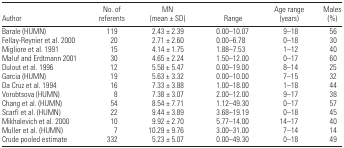
<table><thead><tr><td><b>Author</b></td><td><b>No. of referents</b></td><td><b>MN (mean ± SD)</b></td><td><b>Range</b></td><td><b>Age range (years)</b></td><td><b>Males (%)</b></td></tr></thead><tbody><tr><td>Barale (HUMN)</td><td>119</td><td>2.43 ± 2.39</td><td>0.00–10.07</td><td>9–18</td><td>56</td></tr><tr><td>Fellay-Reynier et al. 2000</td><td>20</td><td>2.71 ± 2.60</td><td>0.00–6.78</td><td>0–18</td><td>30</td></tr><tr><td>Migliore et al. 1991</td><td>15</td><td>4.14 ± 1.75</td><td>1.88–7.53</td><td>1–12</td><td>40</td></tr><tr><td>Maluf and Erdtmann 2001</td><td>30</td><td>4.65 ± 2.24</td><td>1.50–12.00</td><td>0–17</td><td>60</td></tr><tr><td>Dulout et al. 1996</td><td>12</td><td>5.58 ± 5.47</td><td>0.00–19.00</td><td>8–14</td><td>25</td></tr><tr><td>Garcia (HUMN)</td><td>19</td><td>5.63 ± 3.32</td><td>0.00–10.00</td><td>7–15</td><td>32</td></tr><tr><td>Da Cruz et al. 1994</td><td>16</td><td>7.33 ± 3.88</td><td>1.00–18.00</td><td>1–18</td><td>44</td></tr><tr><td>Vorobtsova (HUMN)</td><td>8</td><td>7.38 ± 3.07</td><td>2.00–12.00</td><td>9–17</td><td>38</td></tr><tr><td>Chang et al. (HUMN)</td><td>54</td><td>8.54 ± 7.71</td><td>1.12–49.30</td><td>0–17</td><td>57</td></tr><tr><td>Scarfì et al. (HUMN)</td><td>22</td><td>9.44 ± 3.89</td><td>3.68–19.19</td><td>0–18</td><td>45</td></tr><tr><td>Mikhalevich et al. 2000</td><td>10</td><td>9.92 ± 2.70</td><td>5.77–14.00</td><td>14–17</td><td>40</td></tr><tr><td>Muller et al. (HUMN)</td><td>7</td><td>10.29 ± 9.76</td><td>3.00–31.00</td><td>7–14</td><td>14</td></tr><tr><td>Crude pooled estimate</td><td>332</td><td>5.23 ± 5.07</td><td>0.00–49.30</td><td>0–18</td><td>49</td></tr></tbody></table>